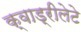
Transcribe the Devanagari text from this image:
क्वाड्रीलेटे